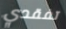
تفقدي